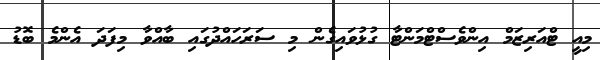
މިއީ ޓްއަރިޒަމް އިންވެސްޓްމަންޓާ ގުޅުވައިގެން މި ސަރަހައްދުގައި ބާއްވާ މިފަދަ އެންމެ ބޮޑު